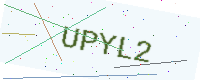
Text: UPYL2